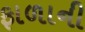
ફાળાની